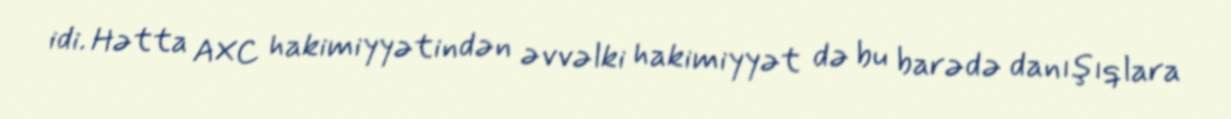
idi. Hətta AXC hakimiyyətindən əvvəlki hakimiyyət də bu barədə danışıqlara